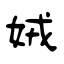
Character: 娀